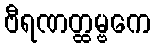
ဗီရဏတ္ထမ္ဗကေ